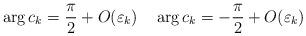
LaTeX: \begin{align*}\arg c_k =\frac{\pi}{2}+O( \varepsilon_k) \quad\arg c_k =-\frac{\pi}{2}+O( \varepsilon_k)\end{align*}